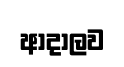
ආදාලව